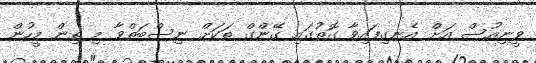
ވީނިއުސް އަށް އެނގިފައިވާ ގޮތުގައި ގޭންގް ތަކަަށް ނިސްބަތްވާ މި ތިން މީހުން